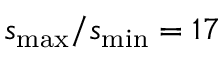
s _ { \operatorname* { m a x } } / s _ { \operatorname* { m i n } } = 1 7